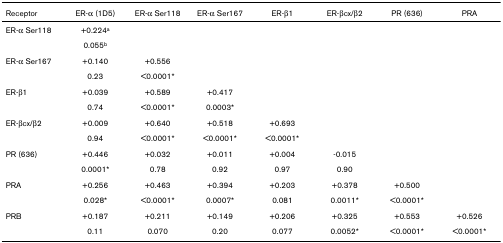
<table><thead><tr><td><b>Receptor</b></td><td><b>ER-α (1D5)</b></td><td><b>ER-α Ser118</b></td><td><b>ER-α Ser167</b></td><td><b>ER-β1</b></td><td><b>ER-βcx/β2</b></td><td><b>PR (636)</b></td><td><b>PRA</b></td></tr></thead><tbody><tr><td>ER-α Ser118</td><td>+0.224<sup>a</sup></td><td></td><td></td><td></td><td></td><td></td><td></td></tr><tr><td></td><td>0.055<sup>b</sup></td><td></td><td></td><td></td><td></td><td></td><td></td></tr><tr><td>ER-α Ser167</td><td>+0.140</td><td>+0.556</td><td></td><td></td><td></td><td></td><td></td></tr><tr><td></td><td>0.23</td><td>&lt;0.0001*</td><td></td><td></td><td></td><td></td><td></td></tr><tr><td>ER-β1</td><td>+0.039</td><td>+0.589</td><td>+0.417</td><td></td><td></td><td></td><td></td></tr><tr><td></td><td>0.74</td><td>&lt;0.0001*</td><td>0.0003*</td><td></td><td></td><td></td><td></td></tr><tr><td>ER-βcx/β2</td><td>+0.009</td><td>+0.640</td><td>+0.518</td><td>+0.693</td><td></td><td></td><td></td></tr><tr><td></td><td>0.94</td><td>&lt;0.0001*</td><td>&lt;0.0001*</td><td>&lt;0.0001*</td><td></td><td></td><td></td></tr><tr><td>PR (636)</td><td>+0.446</td><td>+0.032</td><td>+0.011</td><td>+0.004</td><td>-0.015</td><td></td><td></td></tr><tr><td></td><td>0.0001*</td><td>0.78</td><td>0.92</td><td>0.97</td><td>0.90</td><td></td><td></td></tr><tr><td>PRA</td><td>+0.256</td><td>+0.463</td><td>+0.394</td><td>+0.203</td><td>+0.378</td><td>+0.500</td><td></td></tr><tr><td></td><td>0.028*</td><td>&lt;0.0001*</td><td>0.0007*</td><td>0.081</td><td>0.0011*</td><td>&lt;0.0001*</td><td></td></tr><tr><td>PRB</td><td>+0.187</td><td>+0.211</td><td>+0.149</td><td>+0.206</td><td>+0.325</td><td>+0.553</td><td>+0.526</td></tr><tr><td></td><td>0.11</td><td>0.070</td><td>0.20</td><td>0.077</td><td>0.0052*</td><td>&lt;0.0001*</td><td>&lt;0.0001*</td></tr></tbody></table>